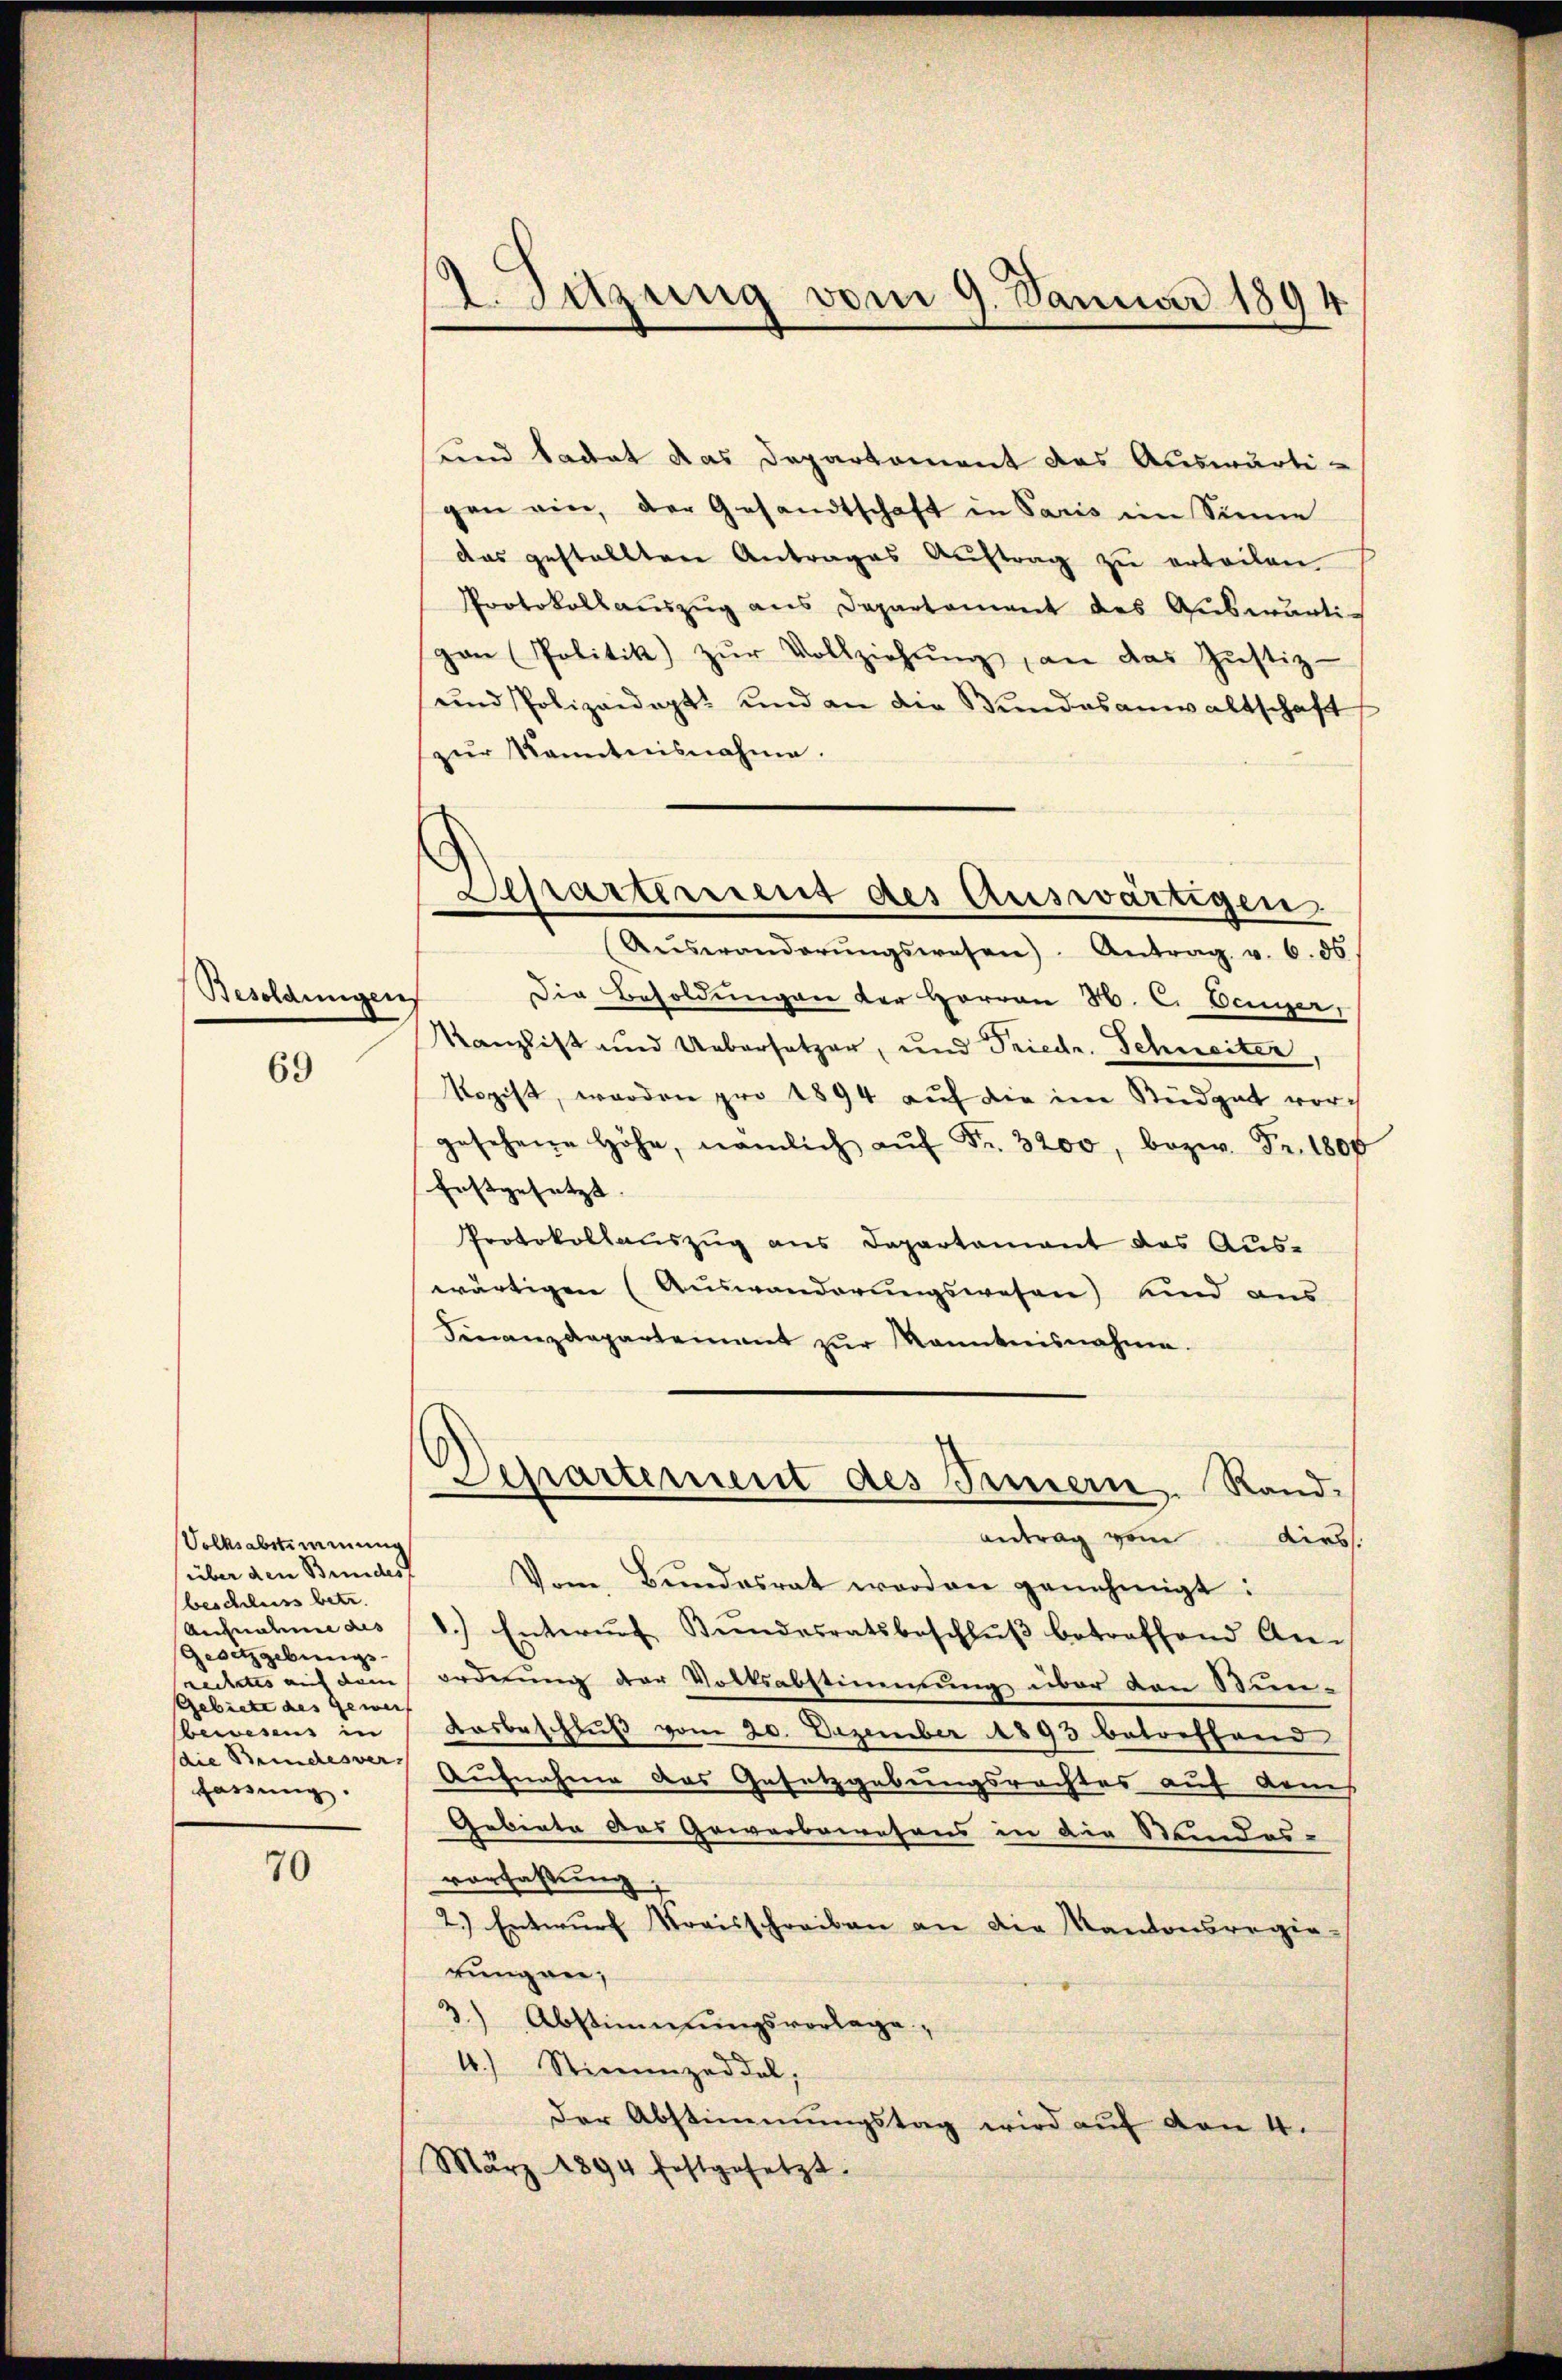
Besoldungen
69

70

Volksabstimmung
(über den Bundest
beschluss betr.
Aufnahme des
Gesetzgebungs-
Gebiete des geweis
bewesens in
fassung.

A.Suzung vom 9. Januar 1894

und tadet das Departement das Auswärtigen ein, der Gesandtschaft in Paris im Sinne
das gestellten Antrages Aŭftrag zŭ erteilen
Protokollauszug aus Departament des Auswärtipan Politik) zŭr Vollziehung an das Justiz-
und Polizeidigt und an die Bŭndesanwaltschaft
zur Kenntnisnahme.
Aŭseränderŭngswesen) Antrag v. 6. ds
Die Besoldungen der Herren 30. E. Benner,
Kanzlist und Uebersetzer, und Friedr. Schweiter,
Mopist, worden pro 1894 auf die im Büdget vorgesehene Höhe, nämlich aŭf Fr. 3200, bezw. Fr. 1808
festgesetzt.
Protokollauszug aus Departement des Auswärtigen (Auswanderungswesen) und aus
Finanzdepartement zŭr Kenntnisnahme.
Departement des Innern. Randantrag von dies
Vom Bŭndesrat worden genehmigt:
1.) Entwŭrf Bŭndesratsbeschlŭβ betreffend An-
rechtes mit dem ordnung der Volksabstimmung über den Stun-
Ausbeschluß vom 20. Dezember 1893 betreffend
Die Bundesser Aufnahme das Gesetzgebungsrechtes auf dems
Gebiete des Gewerbswesens in die Standes-
vorfassung,
2.) Entwurf Kreisschreiben an die Kantonsregie-
rungen,
3.) Abstimmungsvorlage,
4.) Stimmzeddel,
der Abstimmungstag wird auf den 4.
März 1894 festgesetzt.

Separtiment des Auswärtigen.